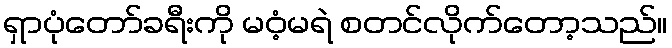
ရှာပုံတော်ခရီးကို မဝံ့မရဲ စတင်လိုက်တော့သည်။